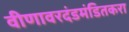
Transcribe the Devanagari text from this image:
वीणावरदंडमंडितकरा